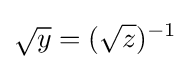
{\sqrt {y}}=({\sqrt {z}})^{-1}